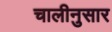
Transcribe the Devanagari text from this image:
चालीनुसार